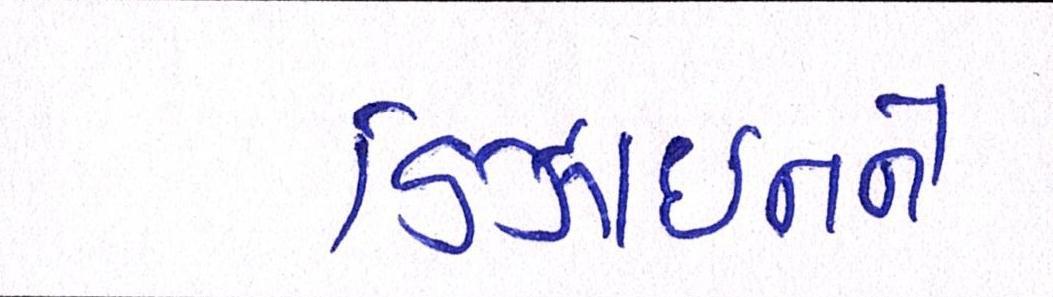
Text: ડિઝાઇનને